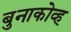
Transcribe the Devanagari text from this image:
बुनाकोव्ह